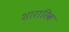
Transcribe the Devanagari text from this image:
शारारिक